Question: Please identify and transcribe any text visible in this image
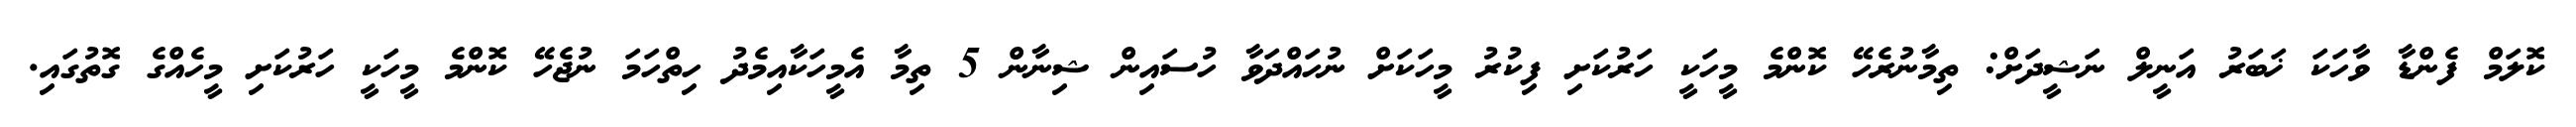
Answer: ކޮލަމް ފެންޑާ ވާހަކަ ޚަބަރު އަނީލް ނަޝީދަށް: ތިމާނުރެހޭ ކޮންމެ މީހަކީ ހަރުކަށި ފިކުރު މީހަކަށް ނުހައްދަވާ ހުސައިން ޝިނާން 5 ތިމާ އެމީހަކާއިމެދު ހިތްހަމަ ނުޖެހޭ ކޮންމެ މީހަކީ ހަރުކަށި މީހެއްގެ ގޮތުގައި.